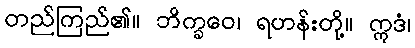
တည်ကြည်၏။ ဘိက္ခဝေ၊ ရဟန်းတို့။ ဣဒံ၊